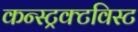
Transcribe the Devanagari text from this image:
कन्स्ट्रक्टविस्ट